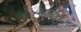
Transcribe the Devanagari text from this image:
।भविष्य